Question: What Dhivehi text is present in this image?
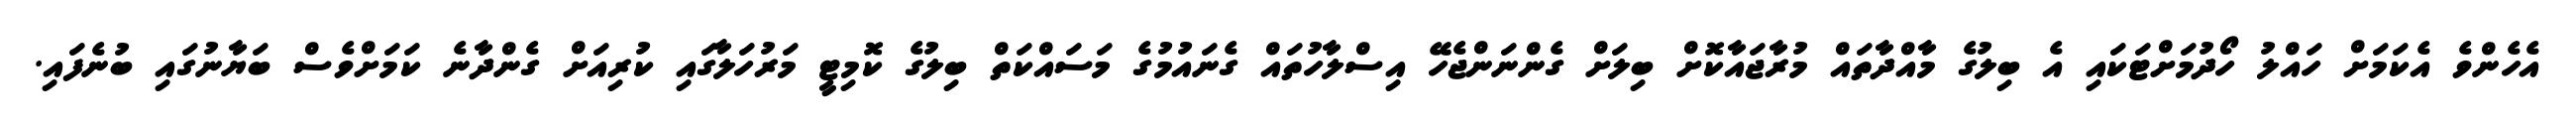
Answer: އެހެންވެ އެކަމަށް ހައްލު ހޯދުމަށްޓަކައި އެ ބިލުގެ މާއްދާތައް މުރާޖައާކޮށް ބިލަށް ގެންނަންޖެހޭ އިސްލާހުތައް ގެނައުމުގެ މަސައްކަތް ބިލުގެ ކޮމިޓީ މަރުހަލާގައި ކުރިއަށް ގެންދާނެ ކަމަށްވެސް ބަޔާނުގައި ބުނެފައި.